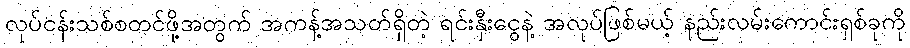
လုပ်ငန်းသစ်စတင်ဖို့အတွက် အကန့်အသတ်ရှိတဲ့ ရင်းနှီးငွေနဲ့ အလုပ်ဖြစ်မယ့် နည်းလမ်းကောင်းရှစ်ခုကို